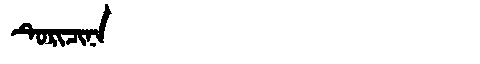
Manchu: ᡨᡠᡵᡳᠴᡳᠨᠠ
Romanization: TURICINA